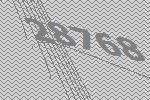
28768